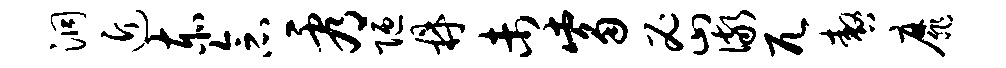
洞近赤念看陋鼎未觜密儆兀嗷靡